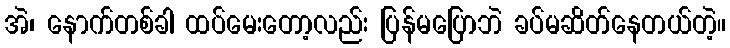
အဲ၊ နောက်တစ်ခါ ထပ်မေးတော့လည်း ပြန်မပြောဘဲ ခပ်မဆိတ်နေတယ်တဲ့။